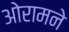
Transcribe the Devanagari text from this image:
ओरामने